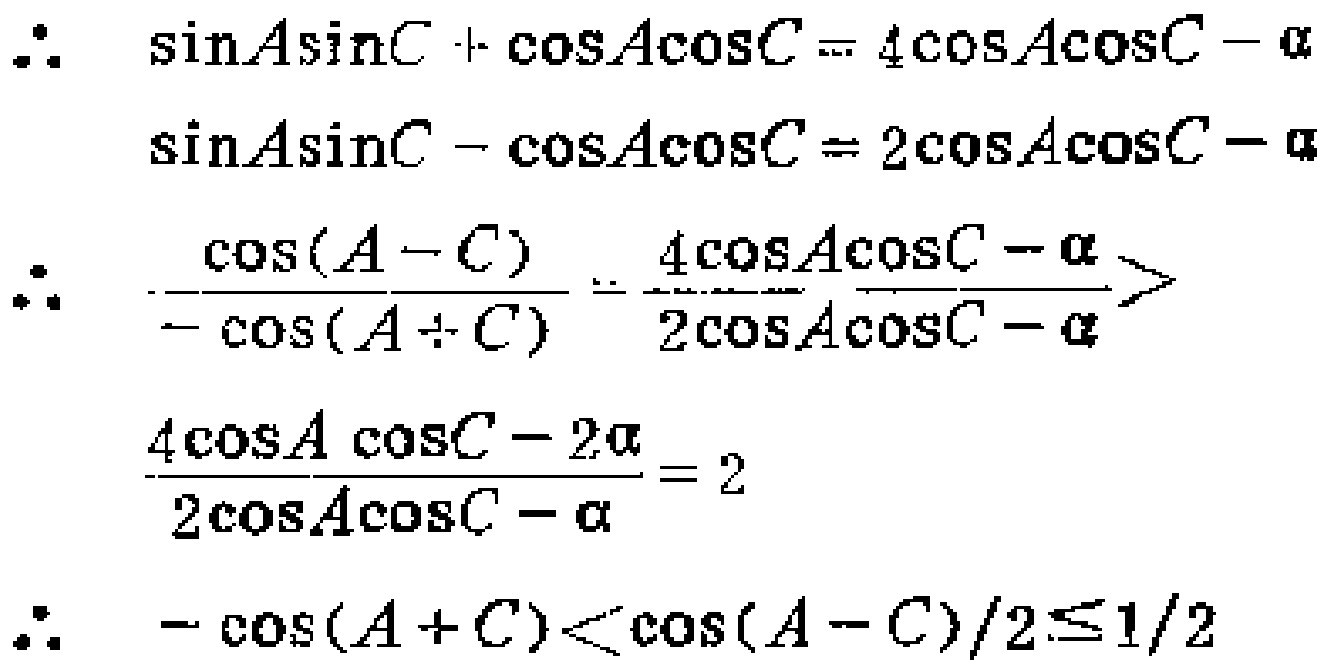
\[

\begin{align*}

\therefore\quad&\sin A\sin C+\cos A\cos C = 4\cos A\cos C - \alpha\\

&\sin A\sin C-\cos A\cos C = 2\cos A\cos C - \alpha\\

\therefore\quad&\frac{\cos(A - C)}{-\cos(A + C)}=\frac{4\cos A\cos C - \alpha}{2\cos A\cos C - \alpha}>\\

&\frac{4\cos A\cos C - 2\alpha}{2\cos A\cos C - \alpha}=2\\

\therefore\quad&-\cos(A + C)<\frac{\cos(A - C)}{2}\leq\frac{1}{2}

\end{align*}

\]